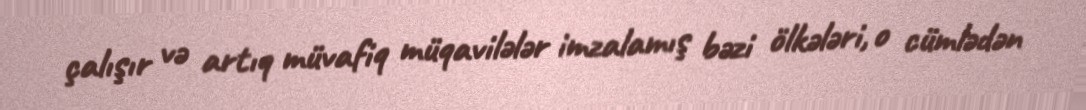
çalışır və artıq müvafiq müqavilələr imzalamış bəzi ölkələri, o cümlədən